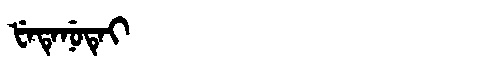
Manchu: ᡶᡝᡨᡝᠨᡠᡨᡝᡳ
Romanization: FETENUTEI